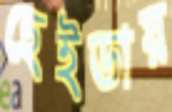
হেইডায়